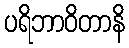
ပရိဘာဝိတာနိ